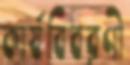
কার্যবিবরণী